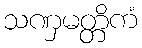
သဏှမတ္တိကံ